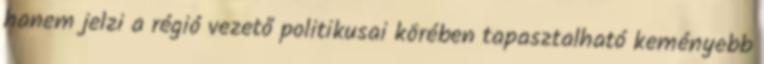
hanem jelzi a régió vezető politikusai körében tapasztalható keményebb